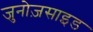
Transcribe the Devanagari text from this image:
जुनोज़साइड